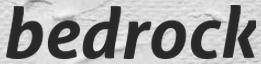
bedrock